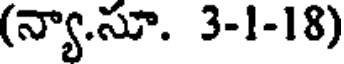
(న్యా.సూ. 3-1-18)